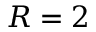
R = 2